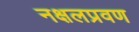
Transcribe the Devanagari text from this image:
नक्षलप्रवण